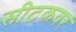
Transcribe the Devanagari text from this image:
सीटकवर